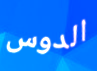
الدوس